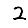
Digit: 2